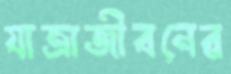
যাত্রাজীবনের